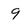
Character: 9